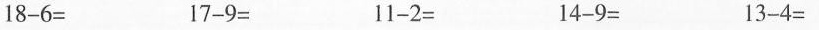
$$1 8 - 6 =$$$$1 7 - 9 =$$$$1 1 - 2 =$$$$1 4 - 9 =$$$$1 3 - 4 =$$